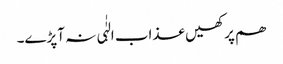
ھم پر کھیں عذاب الہٰٰی نہ آپڑے۔